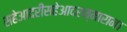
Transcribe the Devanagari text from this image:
सहेआदरीसहेआदरन्मारान।